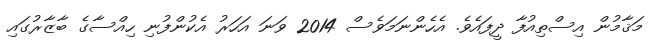
މަޤާމުން އިސްތިއުފާ ދީފައެވެ. އެހެންނަމަވެސް 2014 ވަނަ އަހަރު އެކުންފުނި ހިއްސާގެ ބާޒާރުގައި